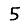
Digit: 5